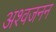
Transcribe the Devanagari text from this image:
अश्वजनन